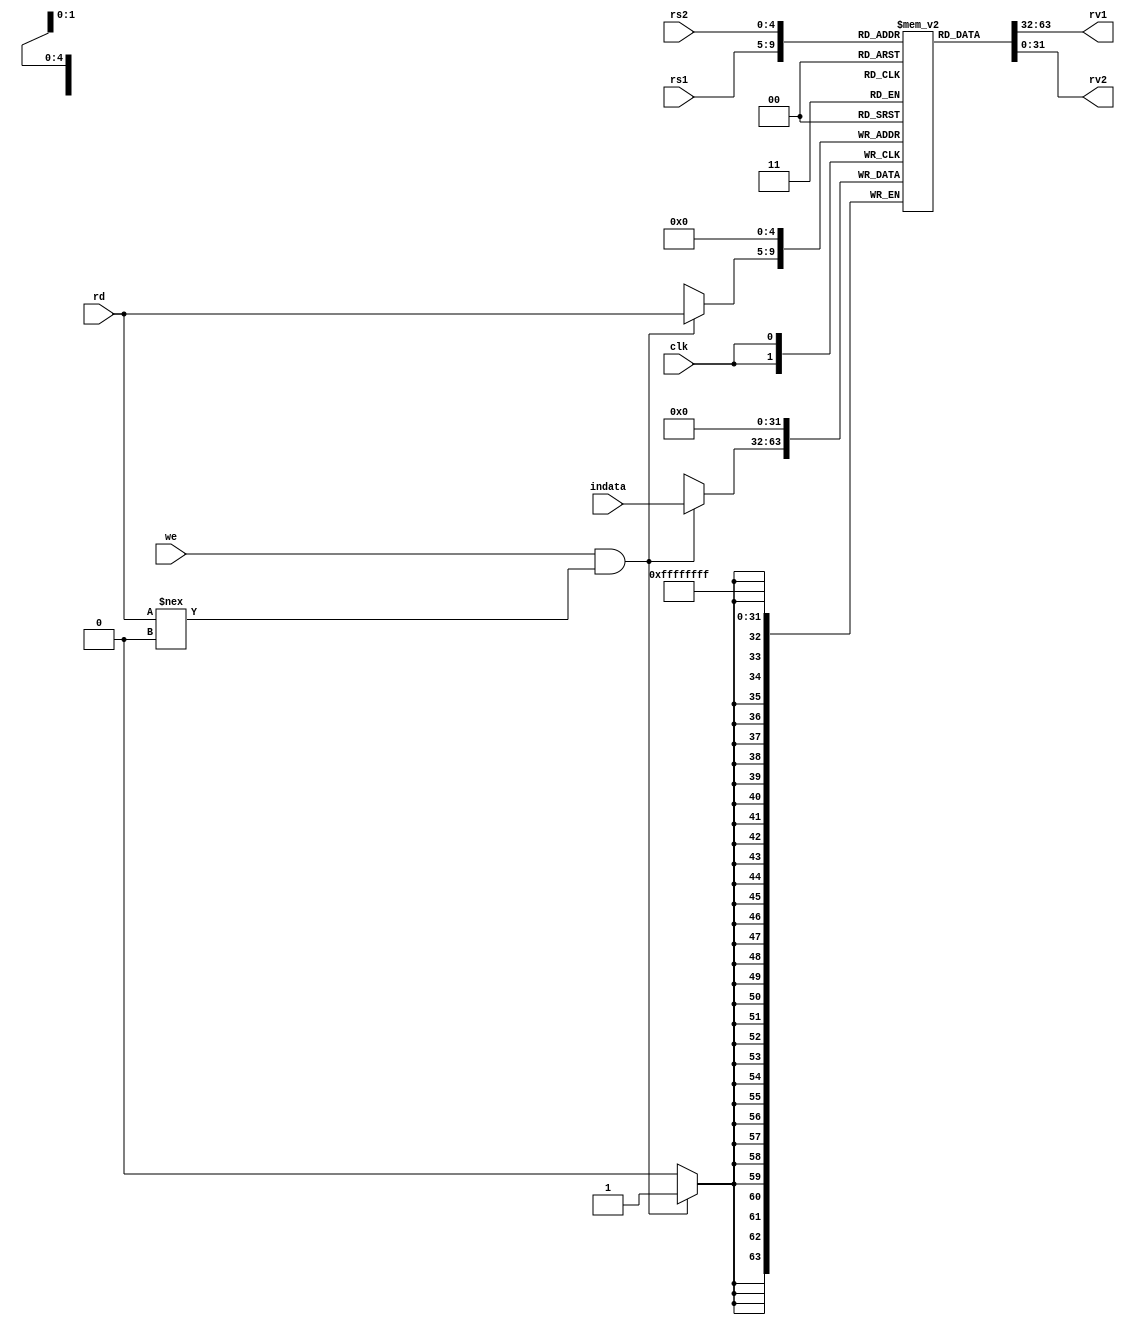
`timescale 1ns / 1ns

module reg_file
  (input clk,
   input we,
   input [4:0] rd,
   input [31:0] indata,
   input [4:0] rs1,
   output [31:0] rv1,
   input [4:0] rs2,
   output [31:0] rv2);

   reg [31:0] 	 regfile [0:31];
	assign rv1 = regfile[rs1];
   assign rv2 = regfile[rs2];

   always @(posedge clk) begin
		regfile[0] <= 32'h0000;  
		if (we && rd!== 32'h0000) regfile[rd] <= indata;
   end
endmodule